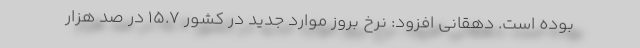
بوده است. دهقانی افزود: نرخ بروز موارد جدید در کشور ۱۵.۷ در صد هزار